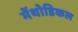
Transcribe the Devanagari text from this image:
मेंथोडिकल